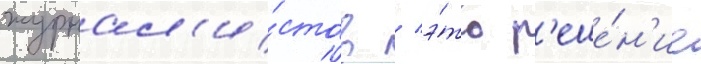
журнал'и́стов / э́то р'еше́н'ие